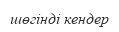
шөгінді кендер